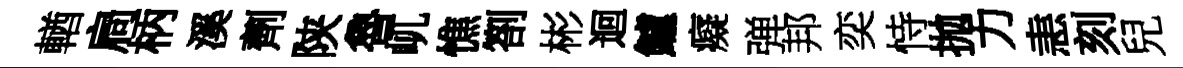
輶扃柄溪劑陕魯屼憔劄彬迴鱸癡弹邦奕恃拋力恚刻兒